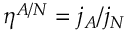
\eta ^ { A / N } = j _ { A } / j _ { N }